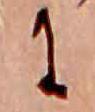
に